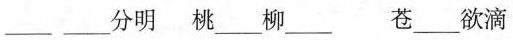
___ ___分明 桃___柳___ 苍___欲滴